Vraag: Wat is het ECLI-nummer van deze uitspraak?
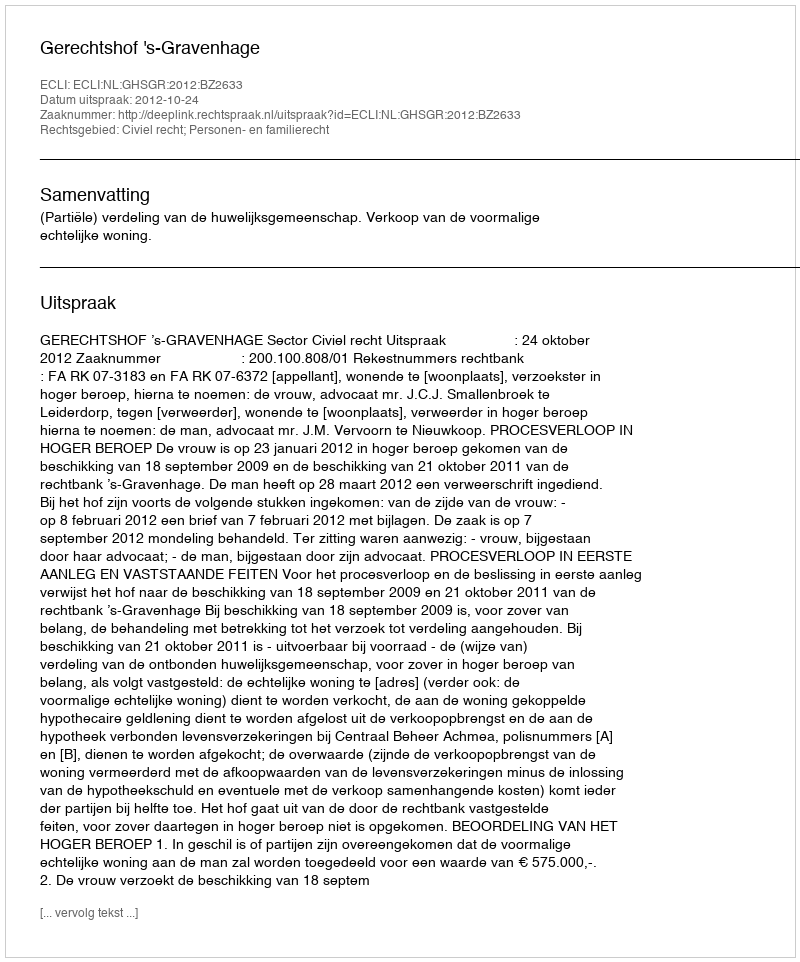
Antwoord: ECLI:NL:GHSGR:2012:BZ2633